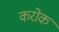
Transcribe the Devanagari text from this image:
करोक